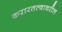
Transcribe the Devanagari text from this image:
करारतत्वावरील